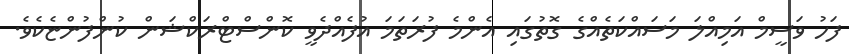
ފަހު ވަސީމް އަމިއްލަ މަސައްކަތެއްގެ ގޮތުގައި އެންމެ ފުރަތަމަ އުފެއްދެވީ ކޮންސްޓްރަކްޝަން ކުންފުންޏެކެވެ.